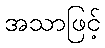
အသာဖြင့်